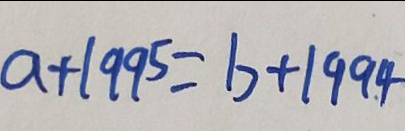
a + 1 9 9 5 = b + 1 9 9 4